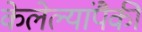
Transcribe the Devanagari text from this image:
केलेल्यांपैकी